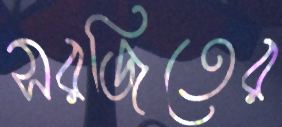
সরজিতের